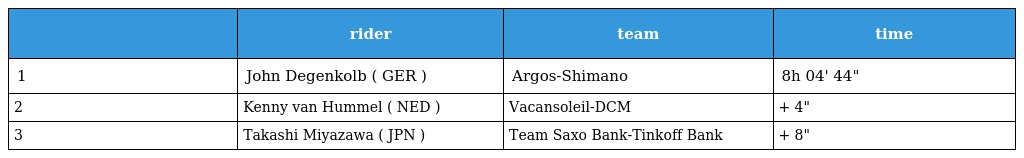
|  | rider | team | time |
 | --- | --- | --- | --- |
 | 1 | John Degenkolb ( GER ) | Argos-Shimano | 8h 04' 44" |
 | 2 | Kenny van Hummel ( NED ) | Vacansoleil-DCM | + 4" |
 | 3 | Takashi Miyazawa ( JPN ) | Team Saxo Bank-Tinkoff Bank | + 8" |